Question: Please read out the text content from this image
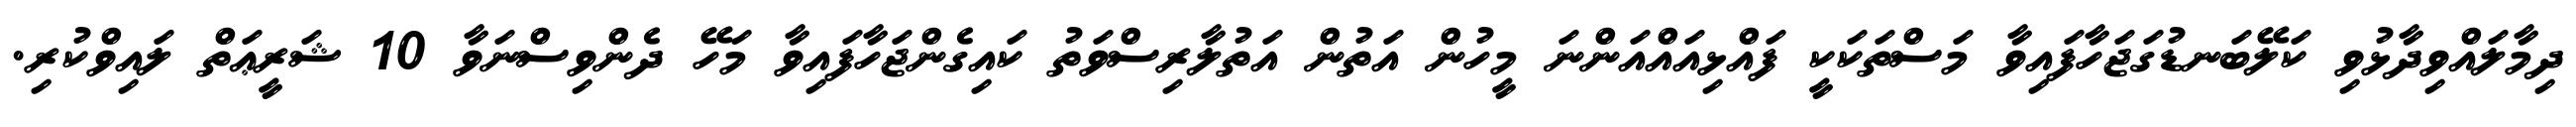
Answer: ދިމާލައްވިދާޅުވި ކަލޭބަނޑުގަޖަހާފައިވާ މަސްތަކަކީ ފައްޅިއައްއަންނަ މީހުން އަތުން އަތުލާރިސްވަތު ކައިގެންޖަހާފައިވާ މަހޭ ދެންވިސްނަވާ 10 ޝަރީޢަތް ލައިވްކުރި.